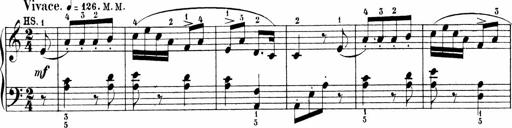
Title: 6 Sonatinas
Composer: Carl Reinecke